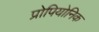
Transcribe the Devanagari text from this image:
प्रोपियोनिक